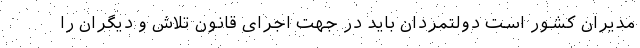
مدیران کشور است دولتمردان باید در جهت اجرای قانون تلاش و دیگران را